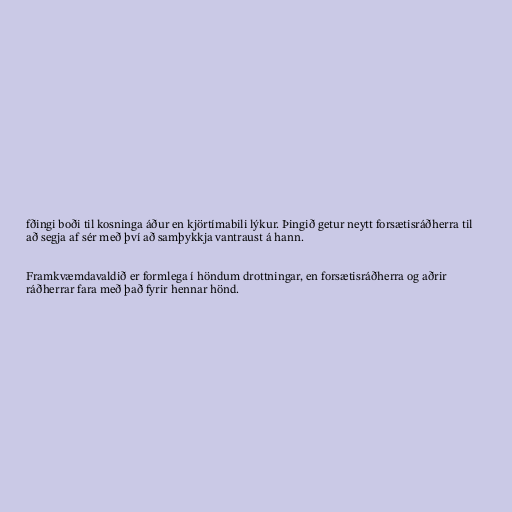
fðingi boði til kosninga áður en kjörtímabili lýkur. Þingið getur neytt forsætisráðherra til
að segja af sér með því að samþykkja vantraust á hann.

Framkvæmdavaldið er formlega í höndum drottningar, en forsætisráðherra og aðrir
ráðherrar fara með það fyrir hennar hönd.